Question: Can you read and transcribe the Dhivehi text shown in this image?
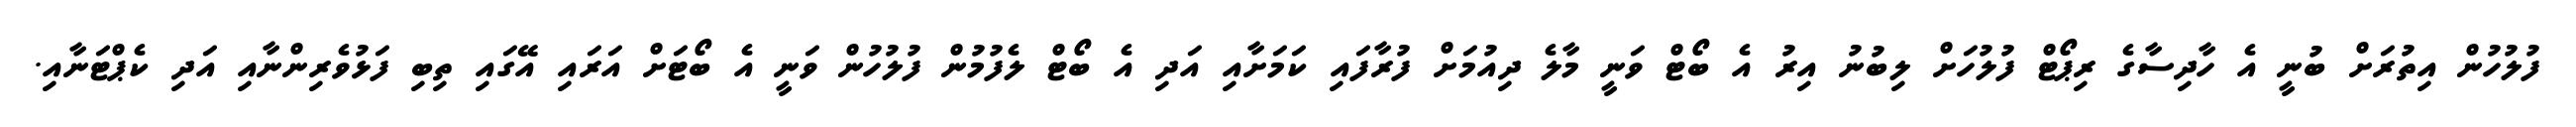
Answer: ފުލުހުން އިތުރަށް ބުނީ އެ ހާދިސާގެ ރިޕޯޓް ފުލުހަށް ލިބުނު އިރު އެ ބޯޓް ވަނީ މާލެ ދިއުމަށް ފުރާފައި ކަމަށާއި އަދި އެ ބޯޓް ލެފުމުން ފުލުހުން ވަނީ އެ ބޯޓަށް އަރައި އޭގައި ތިބި ފަޅުވެރިންނާއި އަދި ކެޕްޓަނާއި.